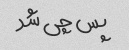
پس چی شد